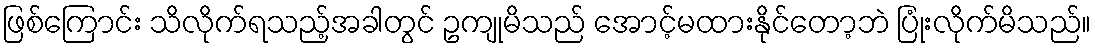
ဖြစ်ကြောင်း သိလိုက်ရသည့်အခါတွင် ဥကျုမိသည် အောင့်မထားနိုင်တော့ဘဲ ပြုံးလိုက်မိသည်။